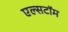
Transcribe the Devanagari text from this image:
एल्सटॉम